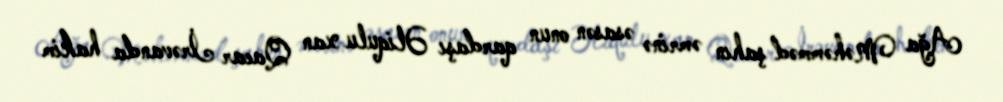
Ağa Məhəmməd şahın əmrinə əsasən onun qardaşı Əliqulu xan Qacar İrəvanda hakim